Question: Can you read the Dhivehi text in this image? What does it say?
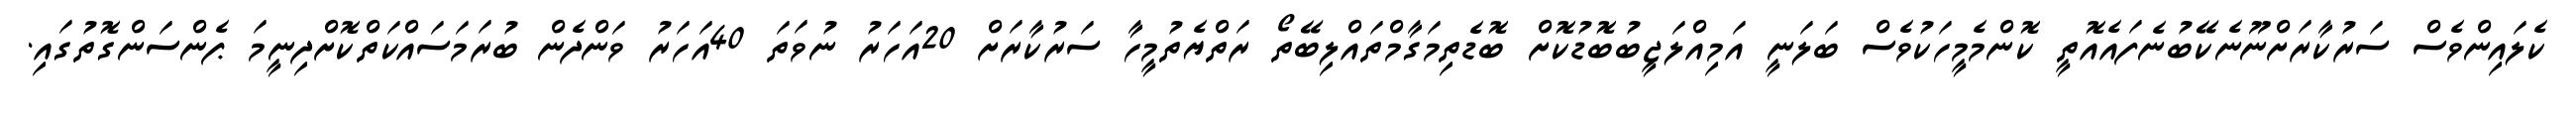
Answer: ކެލައިންވެސް ސަރުކާރަށްނޫނެކޭބުނެފައެއޮތީ ކޮންމެމީހަކުވެސް ބަލަނީ އަމިއްލަޖީބުބޮޑުކޮށް ބޮޑެތިމަގާމްތައްލިބޭތޯ ރަތްޔެތުމީހާ ސަރުކާރަށް 20އަހަރު ނުވަތަ 40އަހަރު ވަންދެން ބުރަމަސައްކަތްކޮށްދިނީމަ ޕެންސަންގޮތުގައި.